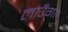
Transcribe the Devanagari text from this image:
लाउँगा।